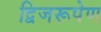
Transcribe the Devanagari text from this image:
द्विजरूपेण